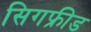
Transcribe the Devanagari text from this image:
सिगफ्रीड